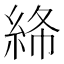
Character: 𥿸